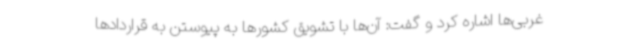
غربی‌ها اشاره کرد و گفت: آن‌ها با تشویق کشورها به پیوستن به قراردادها